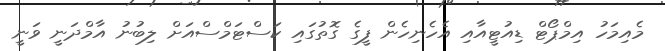
މެއިމަހު އިމްޕޯޓް ޑިއުޓީއާއި އެހެނިހެން ފީގެ ގޮތުގައި ކަސްޓަމްސްއަށް ލިބުނު އާމްދަނީ ވަނީ